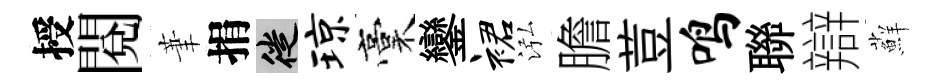
授閲茟捐徙琼稾鑾裙泓膽荳鸣聯辯蘚